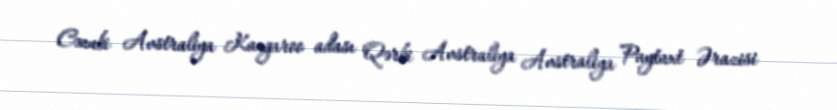
Cənubi Avstraliya Kangaroo adası Qərbi Avstraliya Avstraliya Paytaxt Ərazisi